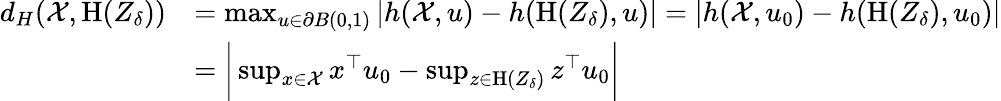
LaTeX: \begin{array}{rl}{d_{H}(\mathcal{X},\textrm{H}(Z_{\delta}))}&{=\operatorname*{max}_{u\in\partial B(0,1)}|h(\mathcal{X},u)-h(\textrm{H}(Z_{\delta}),u)|=|h(\mathcal{X},u_{0})-h(\textrm{H}(Z_{\delta}),u_{0})|}\\ &{=\bigg|\operatorname*{sup}_{x\in\mathcal{X}}x^{\top}u_{0}-\operatorname*{sup}_{z\in\textrm{H}(Z_{\delta})}z^{\top}u_{0}\bigg|}\end{array}